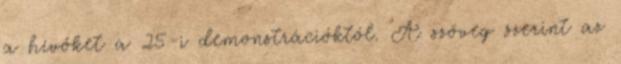
a hívőket a 25-i demonstrációktól. A szöveg szerint az